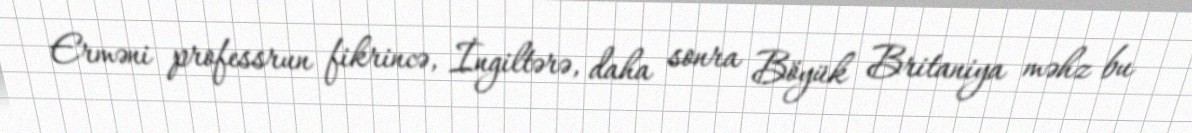
Erməni professrun fikrincə, İngiltərə, daha sonra Böyük Britaniya məhz bu